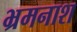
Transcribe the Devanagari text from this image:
भ्रमनाश